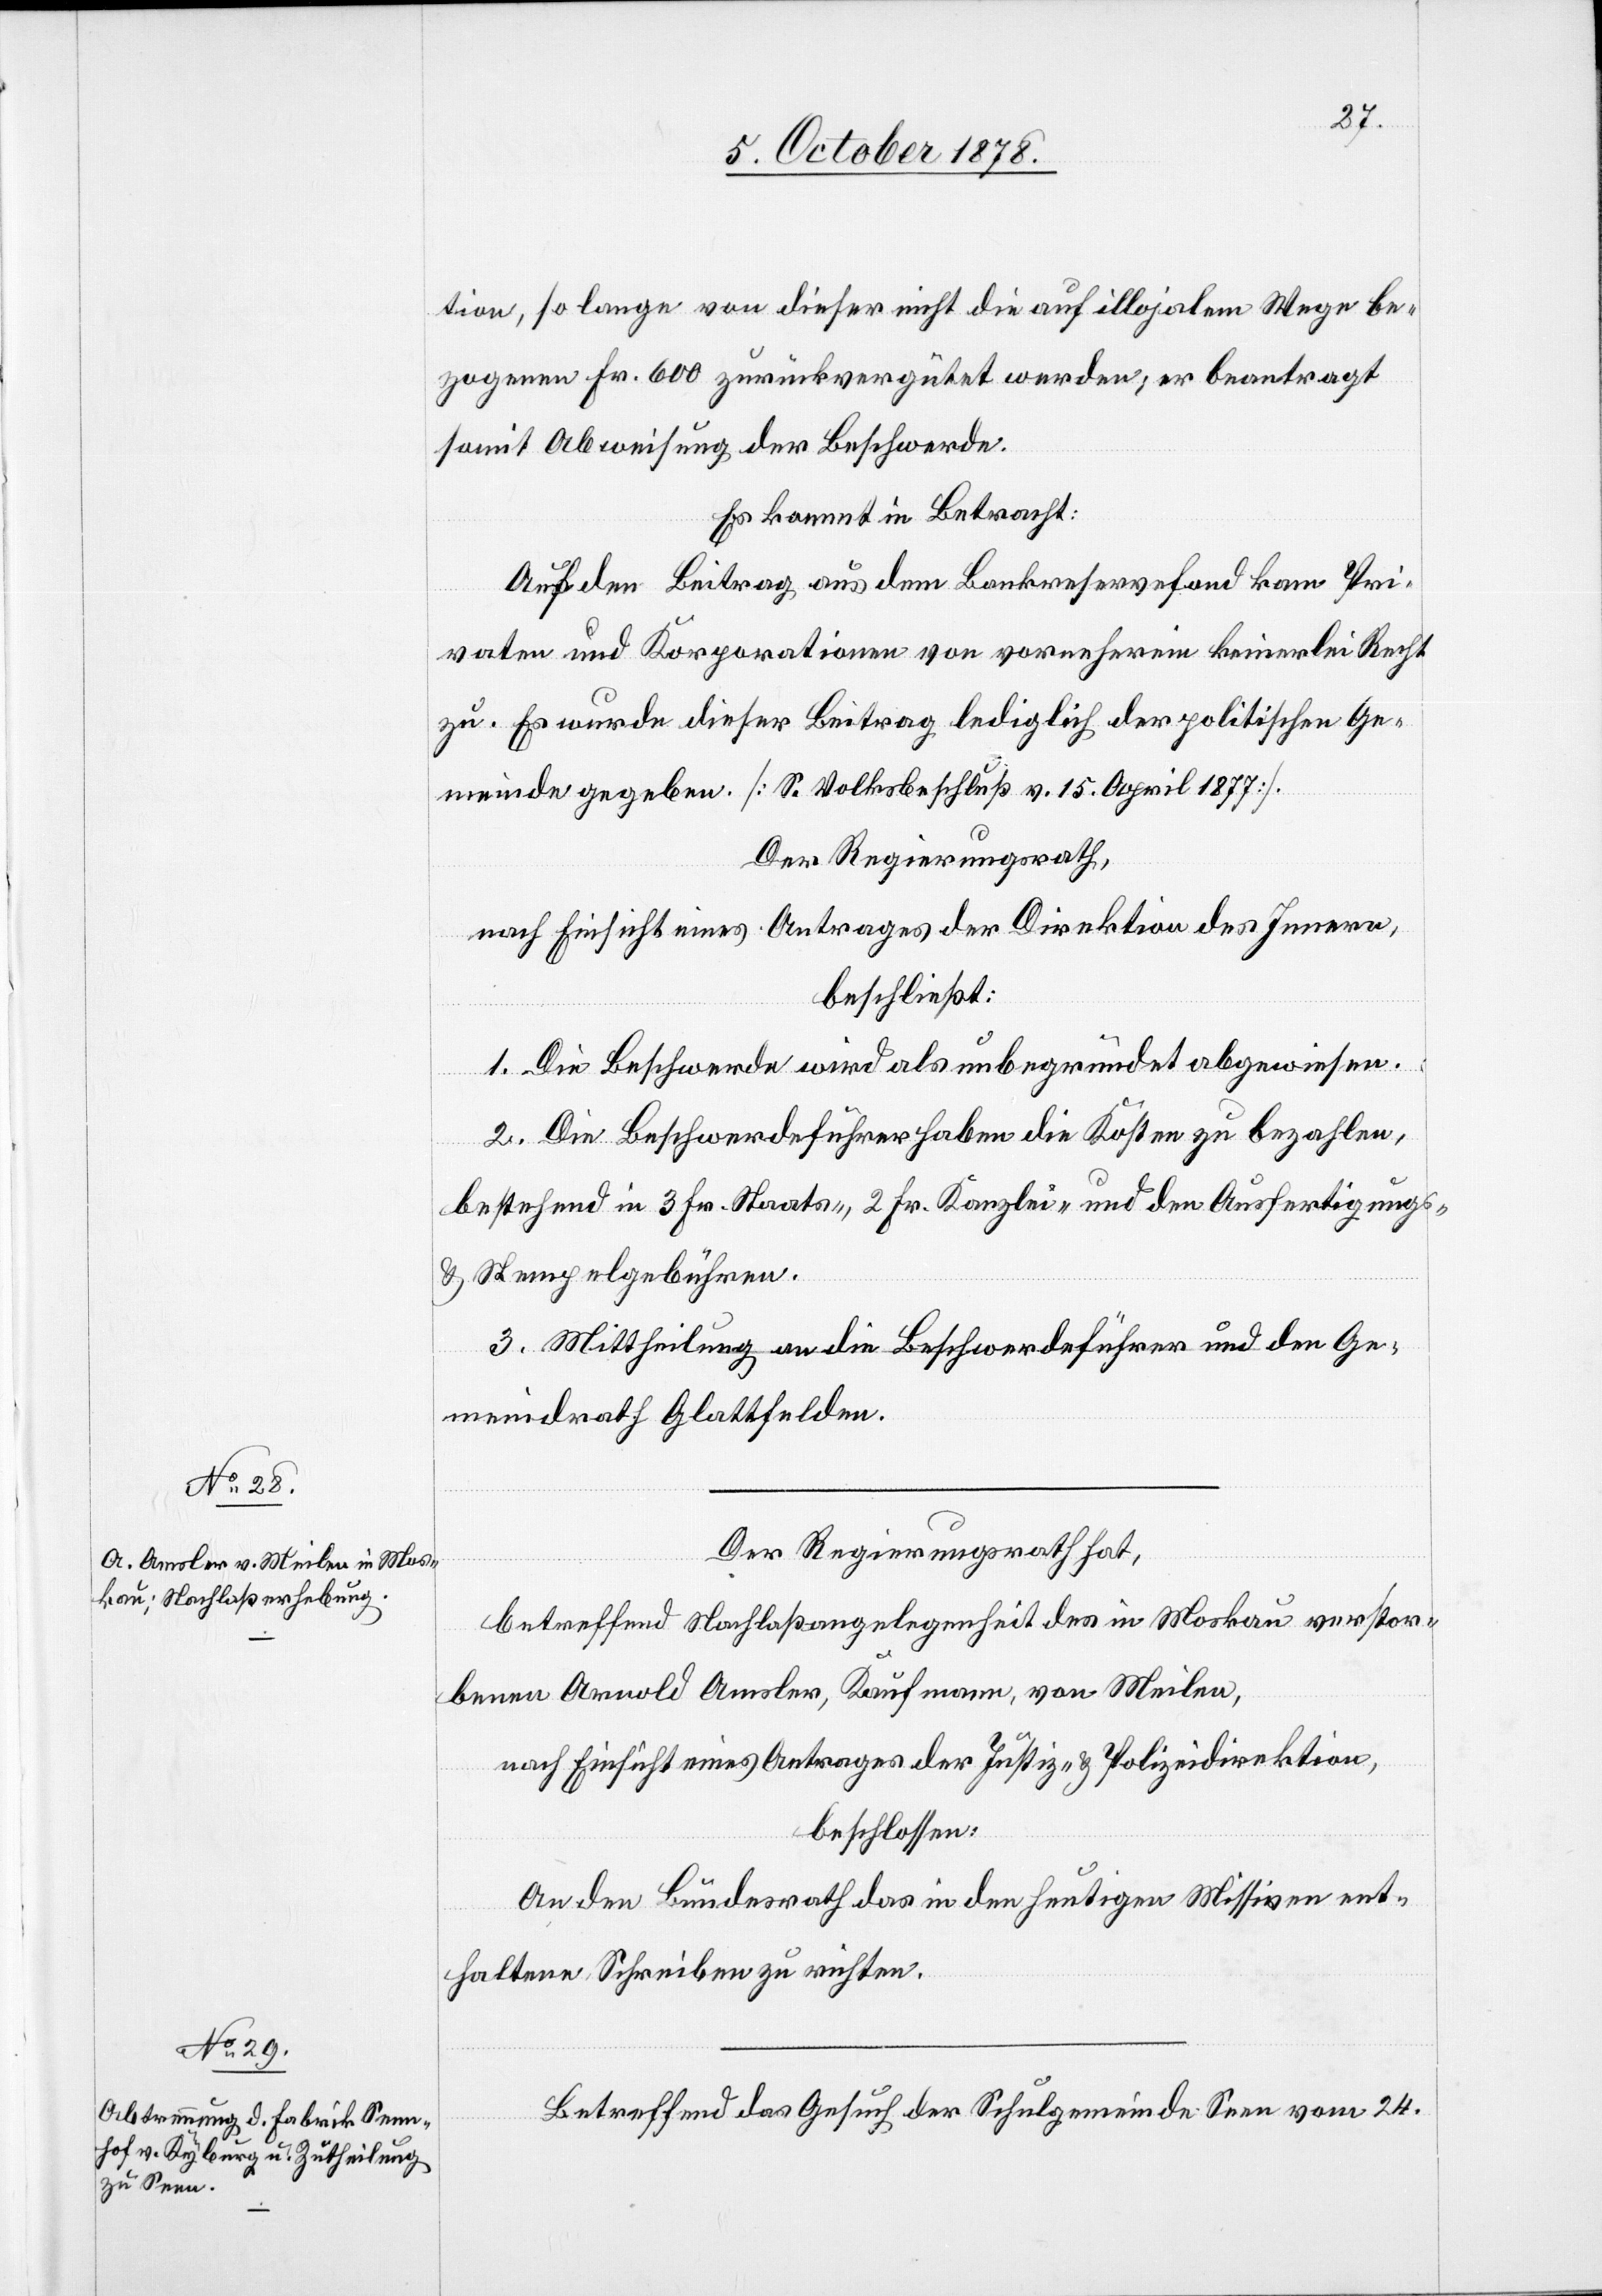
tion, so lange von dieser nicht die auf illojalem Wege be¬
zogenen Fr. 600 zurückvergütet werden; er beantragt
somit Abweisung der Beschwerde.
Es kommt in Betracht:
Auf den Beitrag aus dem Bankreservefond kam Pri¬
vaten und Korporationen von vorneherein keinerlei Recht
zu. Es wurde dieser Beitrag lediglich der politischen Ge¬
meinde gegeben. [S. Volksbeschluß v. 15. April 1877].
Der Regierungsrath,
nach Einsicht eines Antrages der Direktion des Innern,
beschließt:
1. Die Beschwerde wird als unbegründet abgewiesen.
2. Die Beschwerdeführer haben die Kosten zu bezahlen,
bestehend in 3 Fr. Staats-, 2 Fr. Kanzlei- und den Ausfertigungs-
und Stempelgebühren.
3. Mittheilung an die Beschwerdeführer und an den Ge¬
meindrath Glattfelden.
Der Regierungsrath hat,
betreffend Nachlaßangelegenheit des in Moskau verstor¬
benen Arnold Amsler, Kaufmann, von Meilen,
nach Einsicht eines Antrages der Justiz- & Polizeidirektion,
beschlossen:
An den Bundesrath das in den heutigen Missiven ent¬
haltene Schreiben zu richten.
Betreffend das Gesuch der Schulgemeinde Seen vom 24.